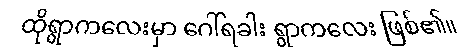
ထိုရွာကလေးမှာ ဂေါ်ရခါး ရွာကလေး ဖြစ်၏။